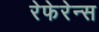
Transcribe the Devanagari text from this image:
रेफेरेन्‍स